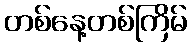
တစ်နေ့တစ်ကြိမ်